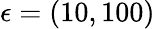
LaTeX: \epsilon=(10,100)